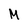
Character: M